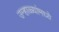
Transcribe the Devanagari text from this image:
उन्हाळ्यांमध्ये